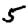
Digit: 5